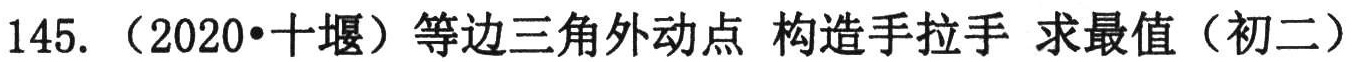
145.（2020•十堰）等边三角外动点 构造手拉手 求最值（初二）